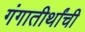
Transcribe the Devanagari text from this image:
गंगातीर्थांची